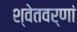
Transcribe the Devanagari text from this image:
श्वेतवर्णां